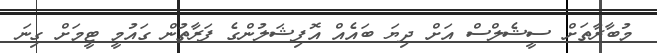
މުބާރާތަށް ސީޝެލްސް އަށް ދިޔަ ބައެއް އޮފިޝަލުންގެ ފަރާތުން ގައުމީ ޓީމަށް ގިނަ